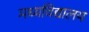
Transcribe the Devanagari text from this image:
मध्यविद्यालय